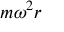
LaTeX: m \omega ^ { 2 } r